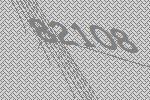
82108